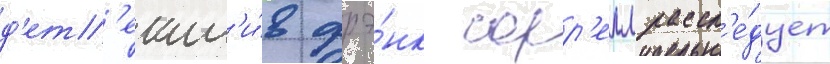
д'ет'ект'и́в фрэ́нк сорр'елл рассл'е́дует